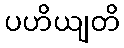
ပဟိယျတိ